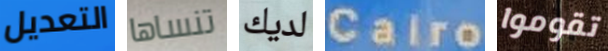
التعديل تنساها لديك Cairo تقوموا